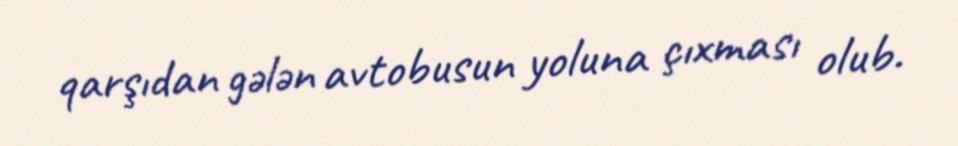
qarşıdan gələn avtobusun yoluna çıxması olub.